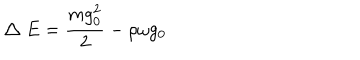
\bigtriangleup E = \frac { m g _ { 0 } ^ { 2 } } { 2 } - \rho \omega g _ { 0 }